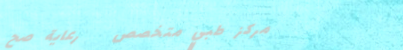
مركز طبي متخصص   رعاية صح